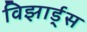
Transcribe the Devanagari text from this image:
विझार्ड्‌स